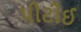
પીટીઈ